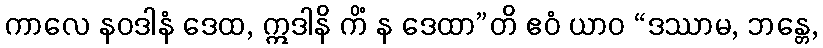
ကာလေ နဝဒါနံ ဒေထ, ဣဒါနိ ကိံ န ဒေထာ”တိ ဧဝံ ယာဝ “ဒဿာမ, ဘန္တေ,